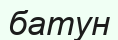
батун